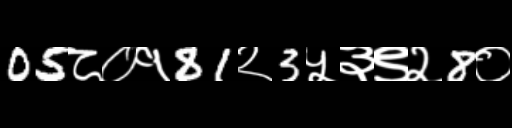
Text: 05८०१81२3५३९२8०